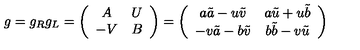
g = g _ { R } g _ { L } = \left( \begin{array} { c c } { A } & { U } \\ { - V } & { B } \\ \end{array} \right) = \left( \begin{array} { c c } { a \tilde { a } - u \tilde { v } } & { a \tilde { u } + u \tilde { b } } \\ { - v \tilde { a } - b \tilde { v } } & { b \tilde { b } - v \tilde { u } } \\ \end{array} \right)